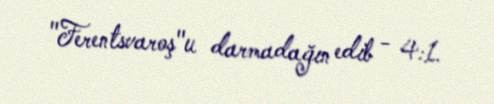
"Ferentsvaroş"u darmadağın edib - 4:1.